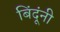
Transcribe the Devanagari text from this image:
बिंदूंनी